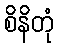
စိနိတုံ